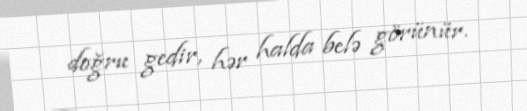
doğru gedir, hər halda belə görünür.